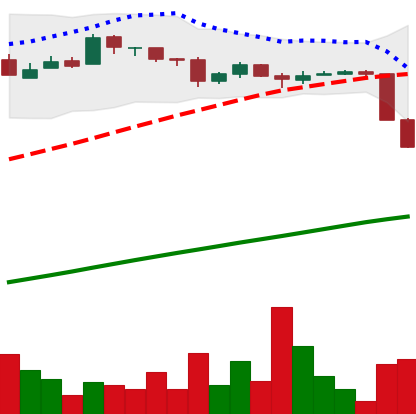
Ticker: BTC-USD
Chart end date: 2016-08-01
Forward return: -3.05%
Label: down_3_5